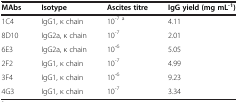
<table><thead><tr><td><b>MAbs</b></td><td><b>Isotype</b></td><td><b>Ascites titre</b></td><td><b>IgG yield (mg mL<sup>-1</sup>)</b></td></tr></thead><tbody><tr><td>1C4</td><td>IgG1, κ chain</td><td>10<sup>-7 a</sup></td><td>4.11</td></tr><tr><td>8D10</td><td>IgG2a, κ chain</td><td>10<sup>-7</sup></td><td>2.01</td></tr><tr><td>6E3</td><td>IgG2a, κ chain</td><td>10<sup>-6</sup></td><td>5.05</td></tr><tr><td>2F2</td><td>IgG1, κ chain</td><td>10<sup>-7</sup></td><td>4.99</td></tr><tr><td>3F4</td><td>IgG1, κ chain</td><td>10<sup>-6</sup></td><td>9.23</td></tr><tr><td>4G3</td><td>IgG1, κ chain</td><td>10<sup>-7</sup></td><td>3.34</td></tr></tbody></table>